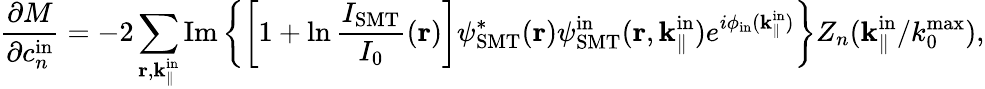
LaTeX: \frac{\partial M}{\partial c_{n}^{\mathrm{in}}}=-2\sum_{\textbf{r},\textbf{k}_{\parallel}^{\mathrm{in}}}\mathrm{Im}\left\{ \left[1+\ln\frac{I_{\mathrm{SMT}}}{I_{0}}(\textbf{r})\right]\psi_{\mathrm{SMT}}^{*}(\textbf{r}){\psi}_{\mathrm{SMT}}^{\mathrm{in}}(\textbf{r},\textbf{k}_{\parallel}^{\mathrm{in}})e^{i\phi_{\mathrm{in}}(\textbf{k}_{\parallel}^{\mathrm{in}})}\right\} Z_{n}(\textbf{k}_{\parallel}^{\mathrm{in}}/k_{0}^{\mathrm{max}}),